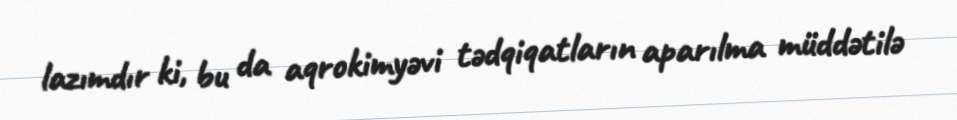
lazımdır ki, bu da aqrokimyəvi tədqiqatların aparılma müddətilə